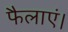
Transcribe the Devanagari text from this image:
फैलाएं।